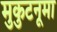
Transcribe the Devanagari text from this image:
मुकुटनूमा